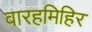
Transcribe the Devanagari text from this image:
वारहमिहिर